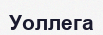
Уоллега